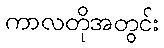
ကာလတိုအတွင်း